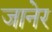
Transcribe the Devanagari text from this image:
जानेर